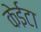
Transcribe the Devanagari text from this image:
केईटा